Report on sanitation, dispensaries, and jails in Rajputana for 1911, and on vaccination for the year 1911-1912 - 1911-1912
Year: 1911
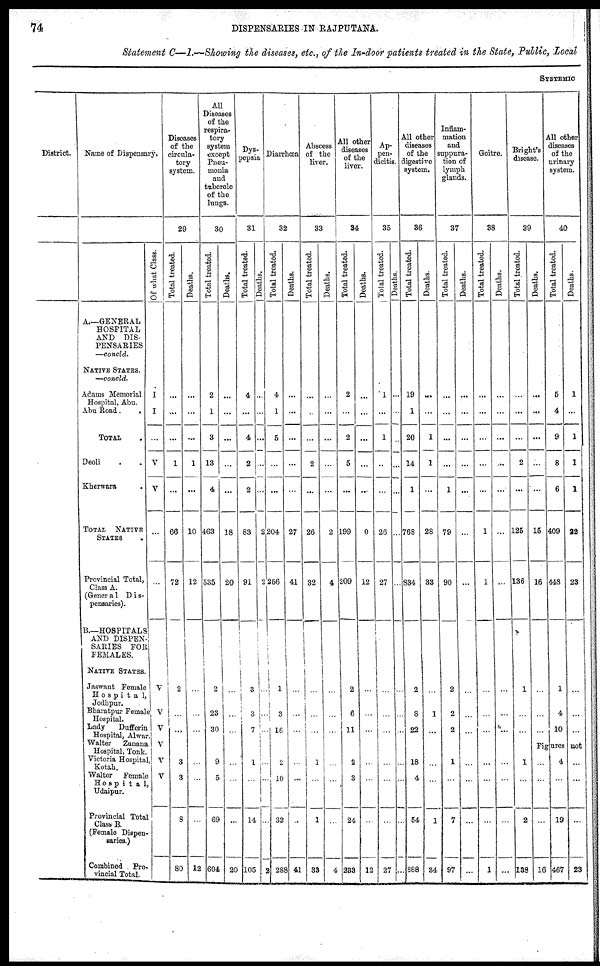
74
DISPENSARIES IN RAJPUTANA.
Statement C—I.—Showing the diseases, etc., of the In-door patients treated in the State, Public, Local
SYSTEMIC
District.
Name of Dispensary.
A.—GENERAL
HOSPITAL
AND DIS-
PENSARIES
—concld.
NATIVE STATES.
—concld.
Adams Memorial
Hospital, Abu.
Abu Road. .
TOTAL .
Deoli . .
Kherwara .
TOTAL NATIVE
STATES
Provincial Total,
Class A.
(Genera1 Dis-
pensaries).
B.—HOSPITALS
AND DISPEN-
SARIES FOR
FEMALES.
NATIVE STATES.
Jaswant Female
Hospital,
Jodhpur.
Bharatpur Female
Hospital.
Lady
Dufferin
Hospital, Alwar.
Walter
Zanana
Hospital, Tonk.
Victoria Hospital,
Kotah.
Walter Female
Hospital,
Udaipur.
Provincial Total
Class B.
(Female Dispen-
saries.)
Combined Pro-
vincial Total.
Of what Class.
I
I
...
V
V
...
...
V
V
V
V
V
V
Diseases
of the
circula-
tory
system.
29
Total treated.
...
...
...
1
...
66
72
2
...
...
3
3
8
80
Deaths.
...
...
...
1
...
10
12
...
...
...
...
...
...
12
All
Diseases
of the
respira-
tory
system
except
Pneu-
monia
and
tubercle
of the
lungs.
30
Total treated.
2
1
3
13
4
463
535
2
23
30
9
5
69
604
Deaths.
...
...
...
...
...
18
20
...
...
...
...
...
...
20
Dys-
pepsia
31
Tot al treated.
4
...
4
2
2
83
91
3
3
7
1
...
14
105
Deat hs .
..
...
...
...
...
2
2
...
...
...
...
...
...
2
Diarrhœa
32
Total treated.
4
1
5
...
...
204
256
...
3
16
2
10
32
288
Deaths.
...
...
...
...
...
27
41
...
...
...
...
...
...
41
Abscess
of the
liver.
33
Total treated.
...
...
...
2
...
26
32
...
...
...
1
...
1
33
Deaths.
...
...
...
...
...
2
4
...
...
...
...
...
...
4
All other
diseases
of the
liver.
34
Total treated.
2
...
2
5
...
199
209
2
6
11
2
3
24
233
Deaths.
...
...
...
...
...
0
12
...
...
...
...
...
...
12
Ap-
pen-
dicits.
35
Tot al treated.
1
...
1
...
...
26
27
...
...
...
...
...
...
27
Deaths.
...
...
...
...
...
...
...
...
...
...
...
...
...
...
All other
diseases
of the
digestive
system.
36
Total treated.
19
1
20
14
1
768
834
2
8
22
18
4
54
888
Deaths.
...
...
1
1
...
28
33
...
1
...
...
...
1
34
Inflam-
mation
and
suppura-
tion of
lymph
glands.
37
Total treated.
...
...
...
...
1
79
90
2
2
2
1
...
7
97
Deaths.
...
...
...
...
...
...
...
...
...
...
...
...
...
...
Goitre.
38
Total treated.
...
...
...
...
...
1
1
...
...
...
...
...
...
1
Deaths.
...
...
...
...
...
...
...
...
...
...
...
...
...
...
Bright's
disease.
39
Total treated.
...
...
...
2
...
125
136
1
...
...
1
...
2
138
Deaths.
...
...
...
...
...
15
16
...
...
...
All other
diseases
of the
urinary
system.
40
Total treated.
5
4
9
8
6
409
448
1
4
10
Deaths.
1
...
1
1
1
22
23
...
...
...
Figures not
...
...
...
16
4
...
19
467
...
...
...
23